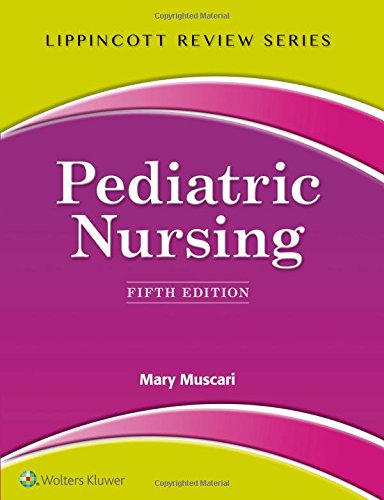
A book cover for Lippincott Review: Pediatric Nursing (Lippincott's Review); Mary Muscari; Medical Books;